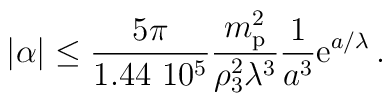
|\alpha|\le {5\pi\over 1.44 ~10^5}{m_{\rm p}^2\over\rho_3^2\lambda^3}{1\over a^3}{\rm e}^{a/\lambda}\,.